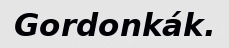
Gordonkák.